Vaccination in the Punjab 1905-1918 - 1905-1918
Year: 1905
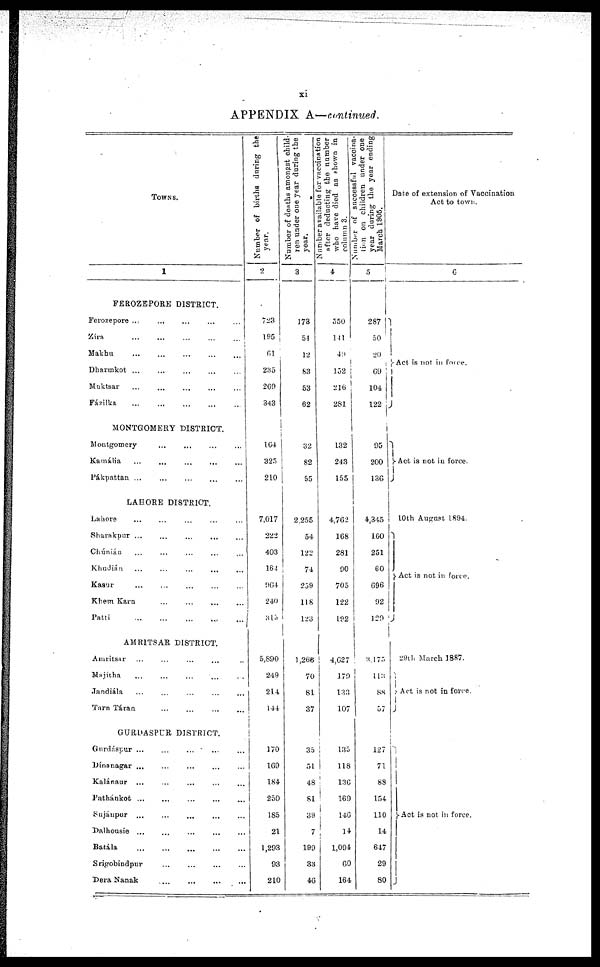
xi
APPENDIX A.—continued.
TOWNS.
1
FEROZEPORE DISTRICT.
Ferozepore ... ... ... ... ...
Zira
...
...
...
...
...
Makhu ... ... ... ... ...
Dharmkot ... ... ... ... ...
Muktsar ... ... ... ... ...
Fázilka
...
...
...
...
...
MONTGOMERY DISTRICT.
Montgomery ... ... ... ... ...
Kamália ... ... ... ... ...
Pákpattan ... ... ... ... ...
LAHORE DISTRICT.
Lahore ... ... ... ... ...
Sharakpur ... ... ... ... ...
Chúnián ... ... ... ... ...
Khudián ... ... ... ... ...
Kasur ... ... ... ... ...
Khem Karn ... ... ... ... ...
Patti
...
...
...
...
...
AMRITSAR DISTRICT.
Amritsar ... ... ... ... ...
Majitha
...
...
...
...
. .
Jandiála ... ... ... ... ...
Tarn Táran ... ... ... ... ...
GURDASPUR DISTRICT.
Gurdáspur ... ... ... ... ...
Dínanagar ... ... ... ... ...
Kalánaur ... ... ... ... ...
Pathánkot
...
...
...
...
...
Sujáupur ... ... ... ... ...
Dalhousie ... ... ... ... ...
Batála
...
...
...
...
...
Srigobindpur ... ... ... ... ...
Dera Nanak ... ... ... ... ...
Number of births during the
year.
2
723
195
61
235
269
343
164
325
210
7,017
222
403
164
964
240
315
5,890
249
214
144
170
169
184
250
185
21
1,293
93
210
Number of deaths amongst child-
ren under one year during the
year.
3
173
54
12
83
53
62
32
82
55
2,255
54
122
74
239
118
123
1,268
70
81
37
35
51
48
81
39
7
199
33
46
Number available for vaccination
after deducting the number
who have died as shown in
column 3.
4
550
141
40
152
216
281
132
243
155
4,762
168
281
90
705
122
192
4,627
179
133
107
135
118
136
169
146
14
1,094
60
164
Number
of successful vaccina-
---- on children under one
year during the year ending
March 1905.
5
287
50
20
69
104
122
95
200
136
4,345
160
251
60
696
92
129
3,175
113
88
57
127
71
88
154
110
14
647
29
80
Date of extension of Vaccination
Act to town.
6
Act is not in force.
Act is not in force.
10th August 1894.
Act is not in force.
29th March 1887.
Act is not in force.
Act is not in force.